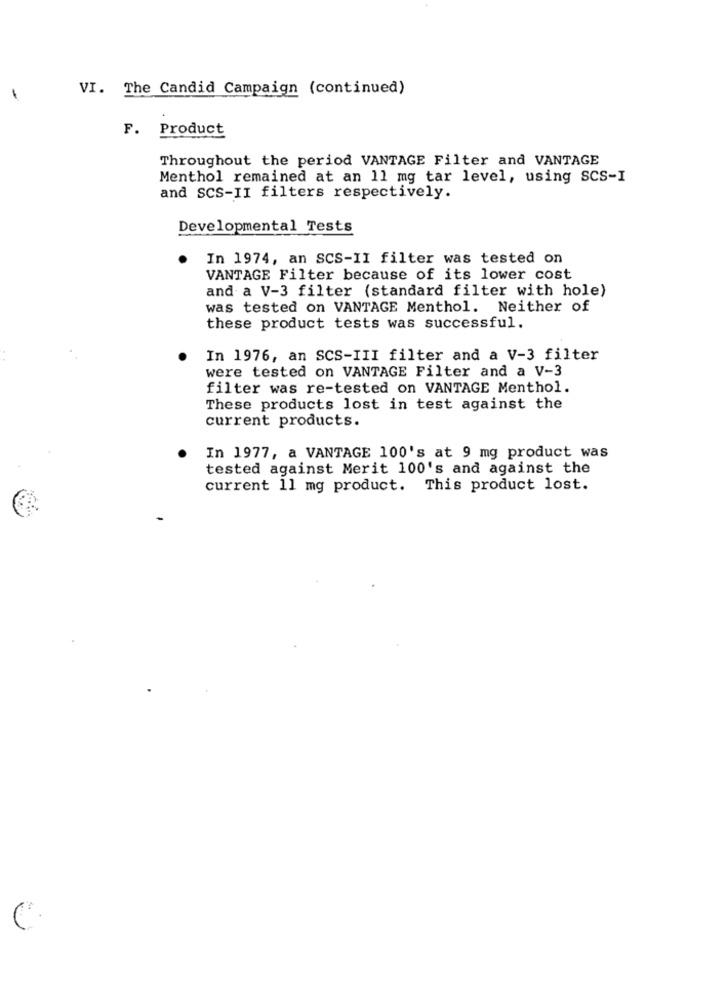
VI. The Candid Campaign (continued)
-
F. Product
Throughout the period VANTAGE Filter and VANTAGE
Menthol remained at an 11 mg tar level, using SCS-I
and SCS-II filters respectively.
Developmental Tests
In 1974, an SCS-II filter was tested on
VANTAGE Filter because of its lower cost
and a V-3 filter (standard filter with hole)
was tested on VANTAGE Menthol. Neither of
these product tests was successful.
In 1976, an SCS-III filter and a V-3 filter
were tested on VANTAGE Filter and a V-3
filter was re-tested on VANTAGE Menthol.
These products lost in test against the
current products.
In 1977, a VANTAGE 100's at 9 mg product was
tested against Merit 100's and against the
current 11 mg product. This product lost.
C